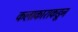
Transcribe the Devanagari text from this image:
कलाकाराकडून